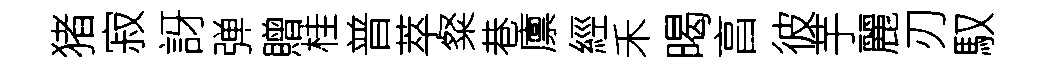
猪寂訝弹贈桂普萃粲巷廪經禾暍亯彼芋麗刃馭